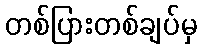
တစ်ပြားတစ်ချပ်မှ